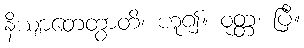
နိယျာတေတွာတိ၊ ဟူ၍။ ဝုတ္တံ၊ ပြီ။